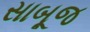
સાબૂજ